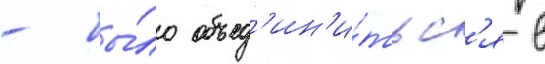
- бы́ло объед'ин'и́тьс'я в